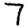
Digit: 7